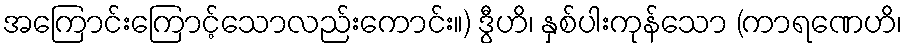
အကြောင်းကြောင့်သောလည်းကောင်း။) ဒွီဟိ၊ နှစ်ပါးကုန်သော (ကာရဏေဟိ၊